画像に写った文字を読んでください
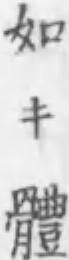
「如キ體」と書いてあります